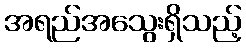
အရည်အသွေးရှိသည့်